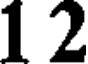
1 2